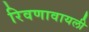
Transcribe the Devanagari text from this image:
रिवणावायली